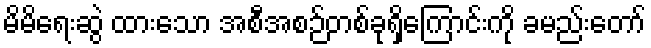
မိမိရေးဆွဲ ထားသော အစီအစဉ်တစ်ခုရှိကြောင်းကို ခမည်းတော်